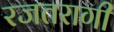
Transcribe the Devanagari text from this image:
रजतरागी